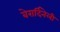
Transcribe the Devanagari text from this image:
बेरार्दिनेली